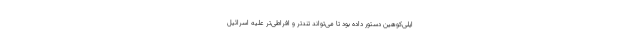
ایلی‌کوهین دستور داده بود تا می‌تواند تندتر و افراطی‌تر علیه اسرائیل